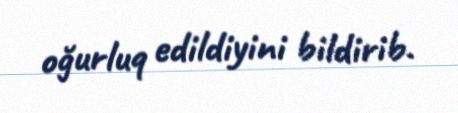
oğurluq edildiyini bildirib.